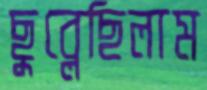
ছুব্‌লেছিলাম